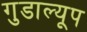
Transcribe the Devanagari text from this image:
गुडाल्यूप